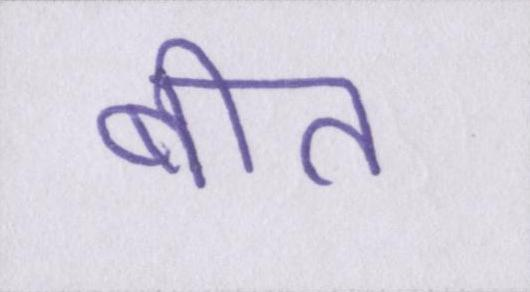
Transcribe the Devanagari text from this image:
बीत